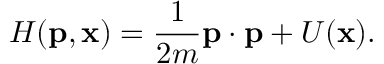
H ( \mathbf { p } , \mathbf { x } ) = \frac { 1 } { 2 m } \mathbf { p } \cdot \mathbf { p } + U ( \mathbf { x } ) .